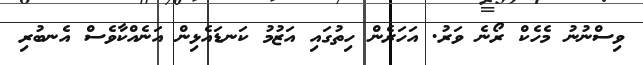
ވިސްނުނު މެހެކް ރޯނެ ވަރު. އަހަރެން ހިތުގައި އަޒުމު ކަނޑައެޅިން އަނެއްކާވެސް އެނބުރި